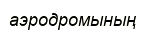
аэродромының